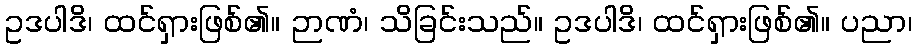
ဥဒပါဒိ၊ ထင်ရှားဖြစ်၏။ ဉာဏံ၊ သိခြင်းသည်။ ဥဒပါဒိ၊ ထင်ရှားဖြစ်၏။ ပညာ၊